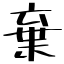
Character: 棄